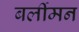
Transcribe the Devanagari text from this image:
बर्लीमन